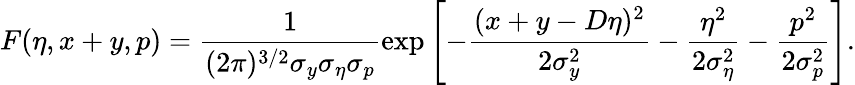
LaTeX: F(\eta,x+y,p)=\frac{1}{(2\pi)^{3/2}\sigma_{y}\sigma_{\eta}\sigma_{p}}\exp\left[-\frac{(x+y-D\eta)^{2}}{2\sigma_{y}^{2}}-\frac{\eta^{2}}{2\sigma_{\eta}^{2}}-\frac{p^{2}}{2\sigma_{p}^{2}}\right].